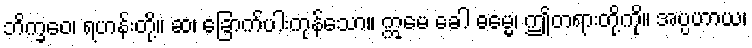
ဘိက္ခဝေ၊ ရဟန်းတို့။ ဆ၊ ခြောက်ပါးကုန်သော။ ဣမေ ခေါ ဓမ္မေ၊ ဤတရားတို့ကို။ အပ္ပဟာယ၊